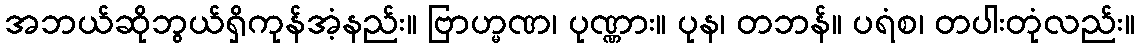
အဘယ်ဆိုဘွယ်ရှိကုန်အံ့နည်း။ ဗြာဟ္မဏ၊ ပုဏ္ဏား။ ပုန၊ တဘန်။ ပရံစ၊ တပါးတုံလည်း။